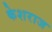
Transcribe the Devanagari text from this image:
केशराज